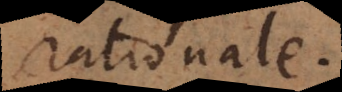
rationale.